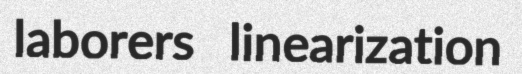
laborers linearization